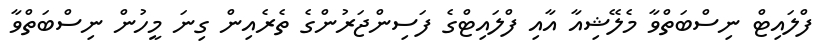
ފްލައިޓް ނިސްބަތްވާ މެލޭޝިއާ އާއި ފްލައިޓްގެ ފަސިންޖަރުންގެ ތެރެއިން ގިނަ މީހުން ނިސްބަތްވާ